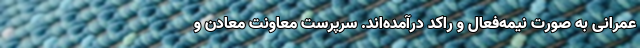
عمرانی به ‌صورت نیمه‌فعال و راکد درآمده‌اند. سرپرست معاونت معادن و